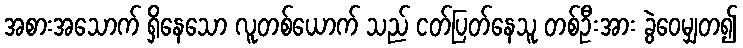
အစားအသောက် ရှိနေသော လူတစ်ယောက် သည် ငတ်ပြတ်နေသူ တစ်ဦးအား ခွဲဝေမျှတ၍